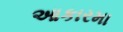
આકારમા